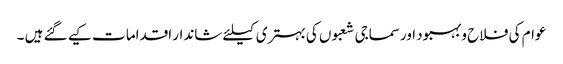
عوام کی فلاح وبہبود اورسماجی شعبوں کی بہتری کیلئے شاندار اقداما ت کیے گئے ہیں ۔